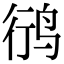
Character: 鸻